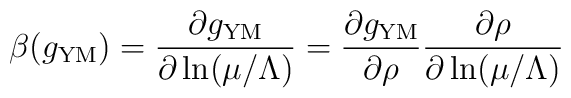
\beta(g_{\rm YM}) = \frac{\partial g_{\rm YM}}{\partial \ln (\mu/\Lambda)} = \frac{\partial g_{\rm YM}}{\partial \rho}\frac{\partial \rho}{\partial \ln (\mu/\Lambda)}